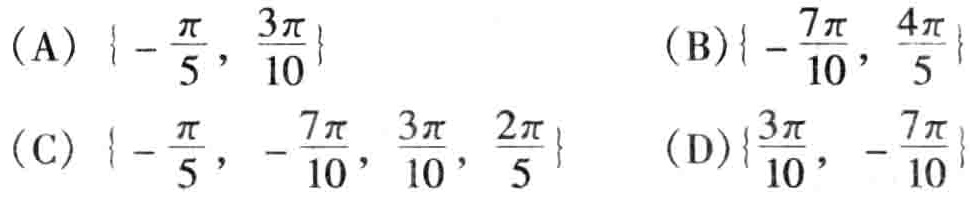
(A) \(\left\{-\frac{\pi}{5}, \frac{3\pi}{10}\right\}\) (B)\(\left\{-\frac{7\pi}{10}, \frac{4\pi}{5}\right\}\)
(C) \(\left\{-\frac{\pi}{5}, -\frac{7\pi}{10}, \frac{3\pi}{10}, \frac{2\pi}{5}\right\}\) (D)\(\left\{\frac{3\pi}{10}, -\frac{7\pi}{10}\right\}\)